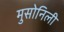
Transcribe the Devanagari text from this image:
मुसोनिली